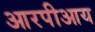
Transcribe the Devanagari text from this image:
आरपीआय